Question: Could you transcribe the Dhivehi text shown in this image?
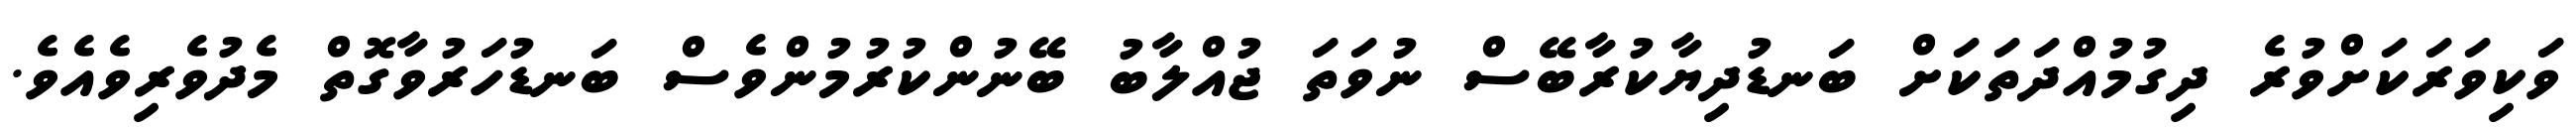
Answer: ވަކިވަރަކަށްވުރެ ދިގުމުއްދަތަކަށް ބަނޑުދިޔާކުރާބޭސް ނުވަތަ ޖުއްލާބު ބޭނުންކުރުމުންވެސް ބަނޑުހަރުވާގޮތް މެދުވެރިވެއެވެ.